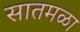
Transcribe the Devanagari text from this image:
सातमळा